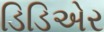
ડિડિએર